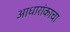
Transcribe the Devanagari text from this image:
आधारांकाचा